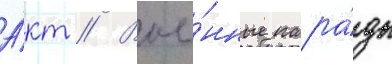
А́кт // Вое́нные пара́ды